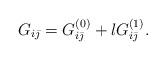
LaTeX: \begin{align*}G_{i\bar{\jmath}}=G^{(0)}_{i\bar{\jmath}}+lG^{(1)}_{i\bar{\jmath}}.\end{align*}